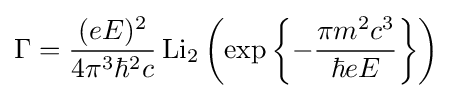
\Gamma ={\frac {(eE)^{2}}{4\pi ^{3}\hbar ^{2}c}}\operatorname {Li} _{2}\left(\exp \left\{-{\frac {\pi m^{2}c^{3}}{\hbar eE}}\right\}\right)